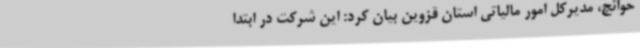
حوائج، مدیرکل امور مالیاتی استان قزوین بیان کرد: این شرکت در ابتدا